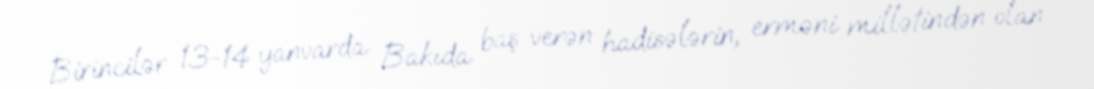
Birincilər 13-14 yanvarda Bakıda baş verən hadisələrin, erməni millətindən olan